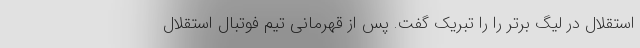
استقلال در لیگ برتر را را تبریک گفت. پس از قهرمانی تیم فوتبال استقلال